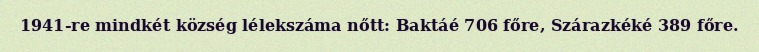
1941-re mindkét község lélekszáma nőtt: Baktáé 706 főre, Szárazkéké 389 főre.